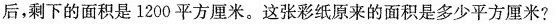
后，剩下的面积是1200平方厘米。这张彩纸原来的面积是多少平方厘米?